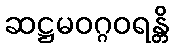
ဆဋ္ဌမဝဂ္ဂဝရန္တိ